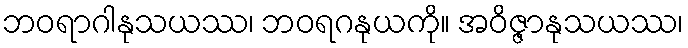
ဘဝရာဂါနုသယဿ၊ ဘဝရဂနုယကို။ အဝိဇ္ဇာနုသယဿ၊